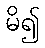
မိ၍